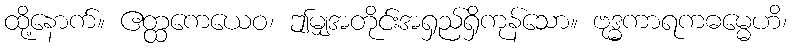
ထို့နောက်။ ဧတ္ထကေယေဝ၊ ဤမျှအတိုင်းအရှည်ရှိကုန်သော။ ဗုဒ္ဓကာရကဓမ္မေဟိ၊